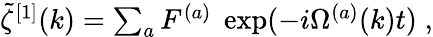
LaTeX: \begin{array}{r}{\tilde{\zeta}^{[1]}(k)=\sum_{a}F^{(a)}\; \exp(-i\Omega^{(a)}(k)t)\; ,}\end{array}